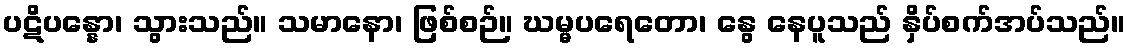
ပဋိပန္နော၊ သွားသည်။ သမာနော၊ ဖြစ်စဉ်။ ဃမ္မပရေတော၊ နွေ နေပူသည် နှိပ်စက်အပ်သည်။